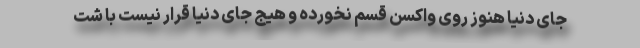
جای دنیا هنوز روی واکسن قسم نخورده و هیج جای دنیا قرار نیست با شت